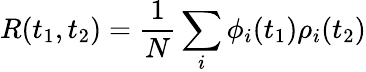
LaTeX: R(t_{1},t_{2})=\frac{1}{N}\sum_{i}\phi_{i}(t_{1})\rho_{i}(t_{2})